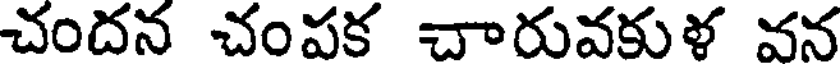
చందన చంపక చారువకుళ వన